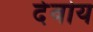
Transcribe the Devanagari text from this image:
देवोय